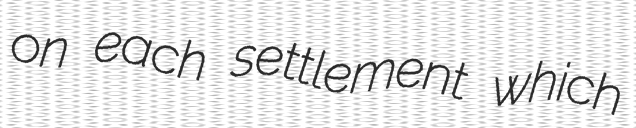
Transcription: on each settlement which